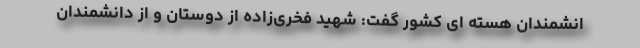
انشمندان هسته ای کشور گفت: شهید فخری‌زاده از دوستان و از دانشمندان